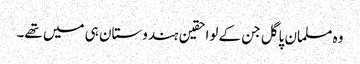
وہ مسلمان پاگل جن کے لواحقین ہندوستان ہی میں تھے۔